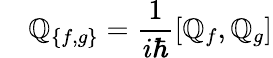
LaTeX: \quad\mathbb{Q}_{\{ f,g\} }={\frac{{1}}{{i\hbar}}}[\mathbb{Q}_{f},\mathbb{Q}_{g}]